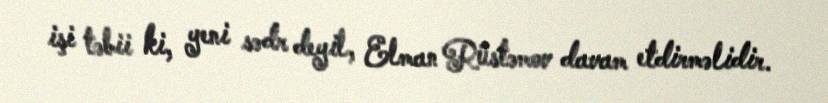
işi təbii ki, yeni sədr deyil, Elman Rüstəmov davam etdirməlidir.